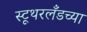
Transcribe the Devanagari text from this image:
स्टूथरलँडच्या